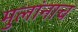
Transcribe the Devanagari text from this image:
मुलांनाच